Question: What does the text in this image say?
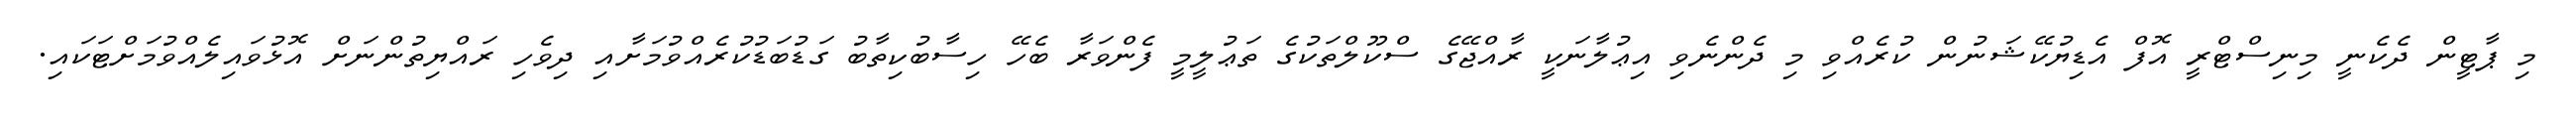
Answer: މި ޕާޓީން ދެކެނީ މިނިސްޓްރީ އޮފް އެޑިޔުކޭޝަނުން ކުރެއްވި މި ދެންނެވި އިޢުލާނަކީ ރާއްޖޭގެ ސްކޫލްތަކުގެ ތަޢުލީމީ ފެންވަރާ ބެހޭ ހިސާބުކިތާބު ގަޑުބަޑުކުރެއްވުމަށާއި ދިވެހި ރައްޔިތުންނަށް އޮޅުވައިލެއްވުމަށްޓަކައި.